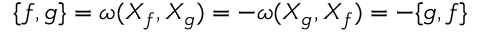
\{ f , g \} = \omega ( X _ { f } , X _ { g } ) = - \omega ( X _ { g } , X _ { f } ) = - \{ g , f \}